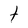
Character: t